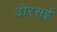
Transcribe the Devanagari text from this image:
ढोरसई